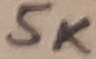
Text: 5K